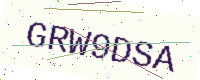
Text: GRW9DSA